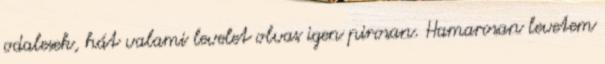
odalesek, hát valami levelet olvas igen pirosan. Hamarosan levetem